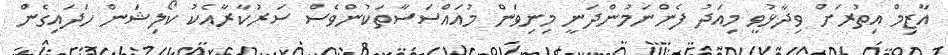
އާޒިމް އިތުރަށް ވިދާޅުވީ މިއަދު ފެންނަމުންދަނީ މިނިވަން މުއައްސަސާތަކުންވެސް ސަރުކާރާއެކު ކޯލިޝަން ހަދައިގެން